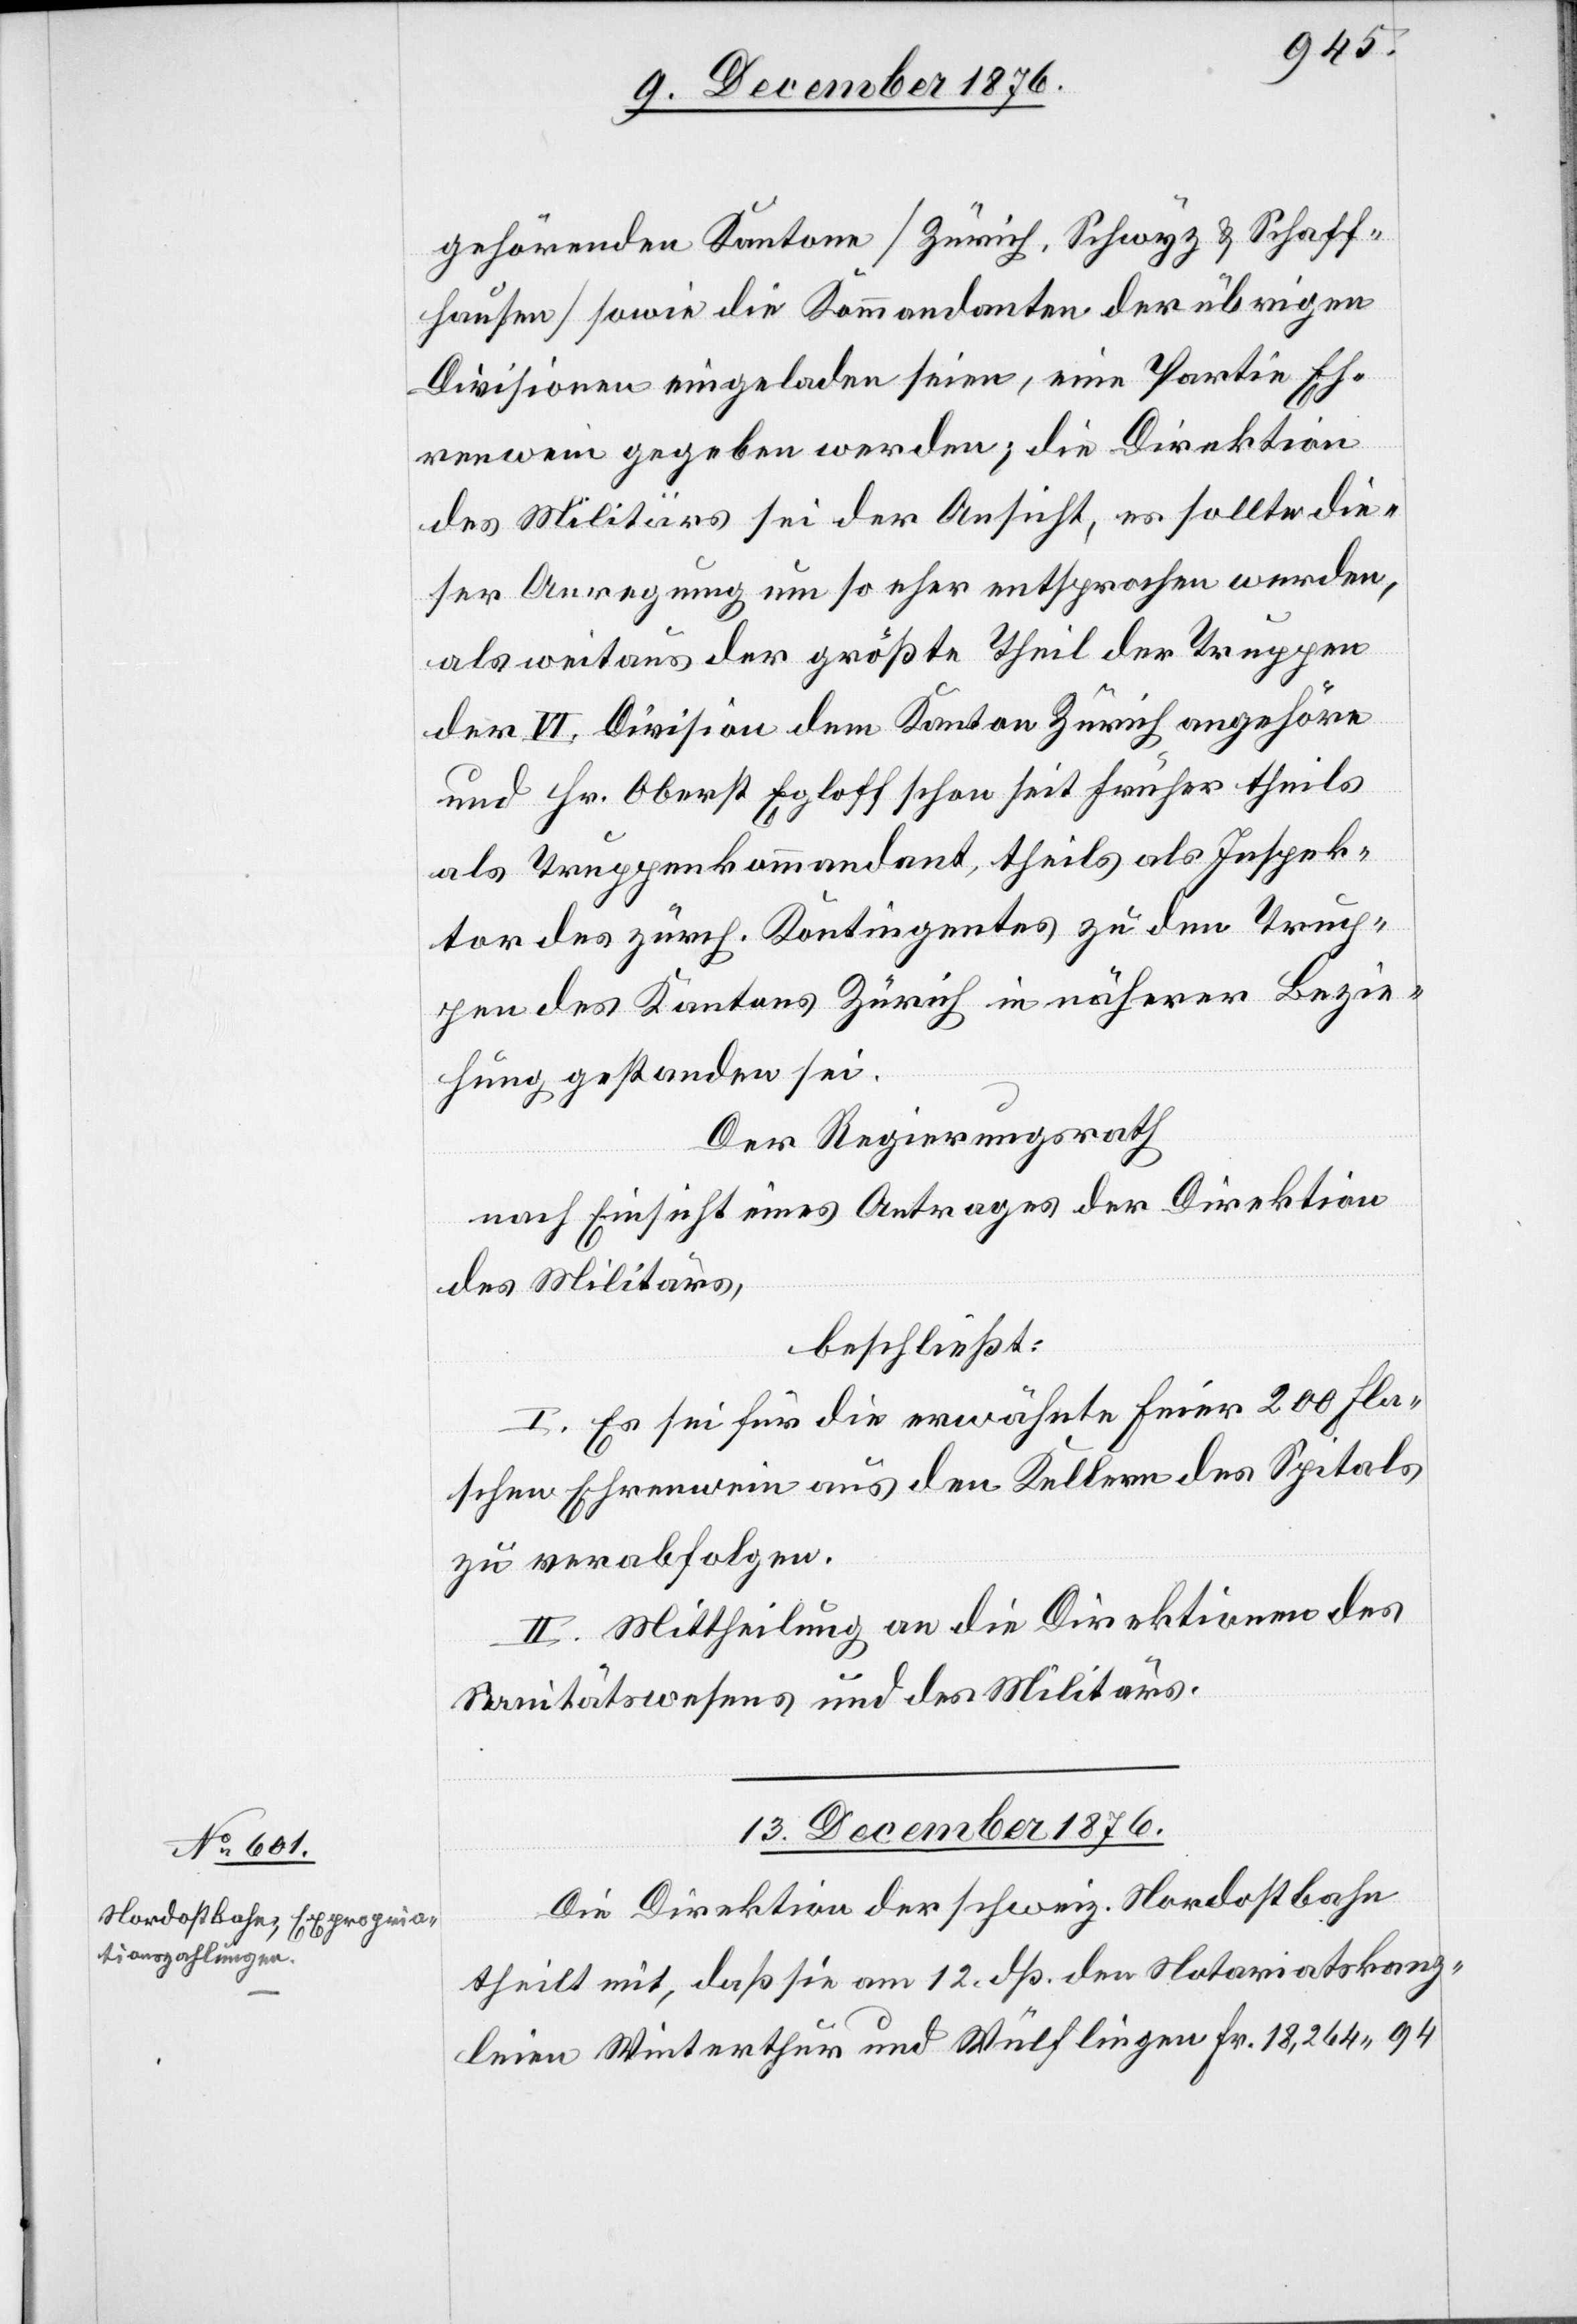
gehörenden Kantone [Zürich, Schwyz & Schaff¬
hausen] sowie die Kommandanten der übrigen
Divisionen eingeladen seien, eine Partie Eh¬
renwein gegeben werden; die Direktion
des Militärs sei der Ansicht, es sollte die¬
ser Anregung um so eher entsprochen werden,
als weitaus der größte Theil der Truppen
der VI. Division dem Kantons Zürich angehöre
und Hr. Oberst Egloff schon seit früher theils
als Truppenkommandant, theils als Inspek¬
tor des zürch. Kontingentes zu den Tru¬
ppen des Kantons Zürich in näherer Bezie¬
hung gestanden sei.
Der Regierungsrath,
nach Einsicht eines Antrages der Direktion
des Militärs,
beschließt:
I. Es sei für die erwähnte Feier 200 Fla¬
schen Ehrenwein aus den Kellern des Spitals
zu verabfolgen.
II. Mittheilung an die Direktionen des
Sanitätswesens und des Militärs.
13. December 1876.
Die Direktion der schweiz. Nordostbahn
theilt mit, daß sie am 12. dß. den Notariatskanz¬
leien Winterthur und Wülflingen Fr. 18,264 94